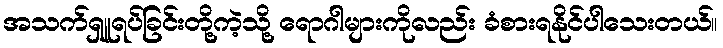
အသက်ရှူရပ်ခြင်းတို့ကဲ့သို့ ရောဂါများကိုလည်း ခံစားရနိုင်ပါသေးတယ်။